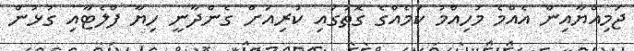
ޖަމިއްޔާއިން އެއްމެ މުހިއްމު ކަމެއްގެ ގޮތުގައި ކުރިއަށް ގެންދާނީ ހިޔާ ފްލެޓާއި ގުޅުން